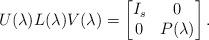
LaTeX: \begin{align*}U(\lambda)L(\lambda)V(\lambda) = \begin{bmatrix}I_s & 0 \\ 0 & P(\lambda)\end{bmatrix}.\end{align*}